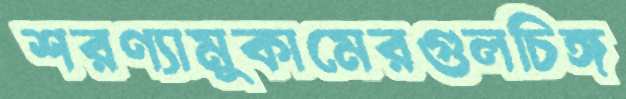
শরণ্যামুকামেরগুলচিঙ্গ